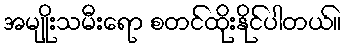
အမျိုးသမီးရော စတင်ထိုးနိုင်ပါတယ်။